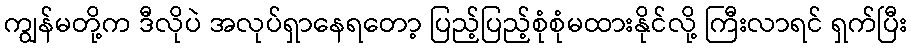
ကျွန်မတို့က ဒီလိုပဲ အလုပ်ရှာနေရတော့ ပြည့်ပြည့်စုံစုံမထားနိုင်လို့ ကြီးလာရင် ရှက်ပြီး